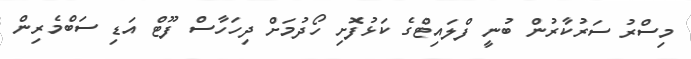
މިސްރު ސަރުކާރުން ބުނީ ފްލައިޓްގެ ކަޅުފޮށި ހޯދުމަށް ދިހަހާސް ފޫޓް އަޑި ސަބްމެރިން